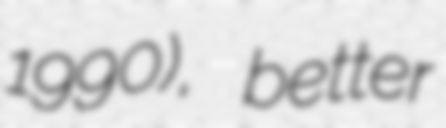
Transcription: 1990), better